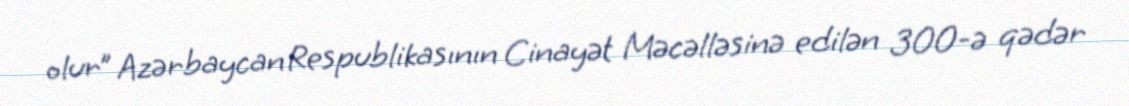
olur” Azərbaycan Respublikasının Cinayət Məcəlləsinə edilən 300-ə qədər